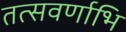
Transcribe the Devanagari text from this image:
तत्सवर्णाभि